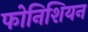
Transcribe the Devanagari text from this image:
फोनिशियन